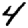
Digit: 4